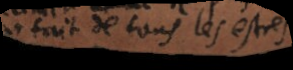
parfait de tout les estres,